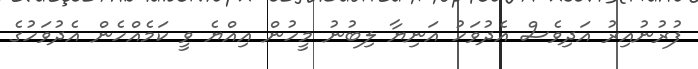
ފުރުނުއިރު އަދިވެސް އެދުވަހު އަނިޔާ ލިބުނު މީހުން އިއްޔެ ވީ ކަމެއްހެން އެދުވަހުގެ